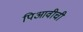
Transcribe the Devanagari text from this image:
पिआवीची